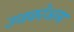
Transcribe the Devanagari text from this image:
उनकोअन्य